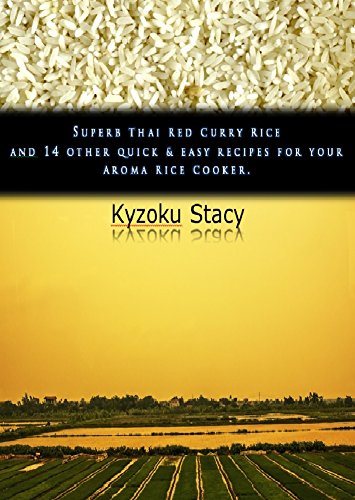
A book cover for Superb Thai Red Curry Rice and 14 other quick and easy recipes for your Rice Cooker.: (Cookbook for a healthy lifestyle); Kyzoku Stacy; Cookbooks, Food & Wine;